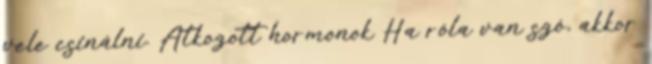
vele csinálni. Átkozott hormonok Ha róla van szó, akkor